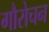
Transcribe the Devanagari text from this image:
गौरोचन